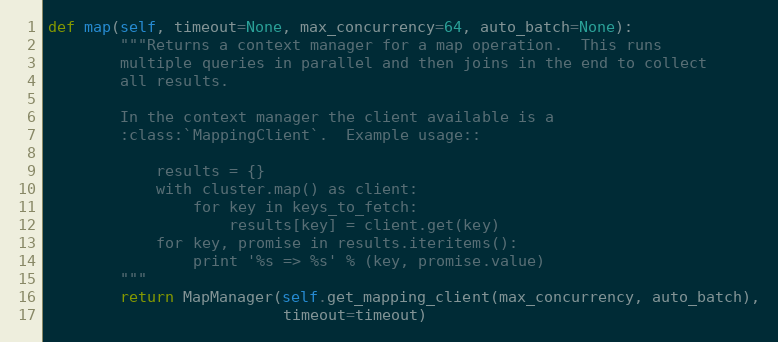
Language: Python
def map(self, timeout=None, max_concurrency=64, auto_batch=None):
        """Returns a context manager for a map operation.  This runs
        multiple queries in parallel and then joins in the end to collect
        all results.

        In the context manager the client available is a
        :class:`MappingClient`.  Example usage::

            results = {}
            with cluster.map() as client:
                for key in keys_to_fetch:
                    results[key] = client.get(key)
            for key, promise in results.iteritems():
                print '%s => %s' % (key, promise.value)
        """
        return MapManager(self.get_mapping_client(max_concurrency, auto_batch),
                          timeout=timeout)